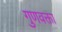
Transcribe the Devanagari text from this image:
गुणवक्ता